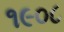
૧૯૦૮